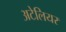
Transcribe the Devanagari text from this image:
अटेलियर